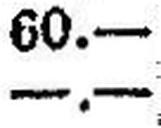
—.—